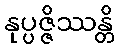
နုပ္ပဇ္ဇိဿန္တိ